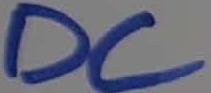
Text: DC